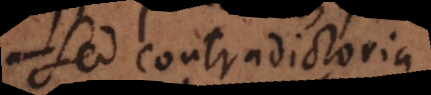
sed contradictoria